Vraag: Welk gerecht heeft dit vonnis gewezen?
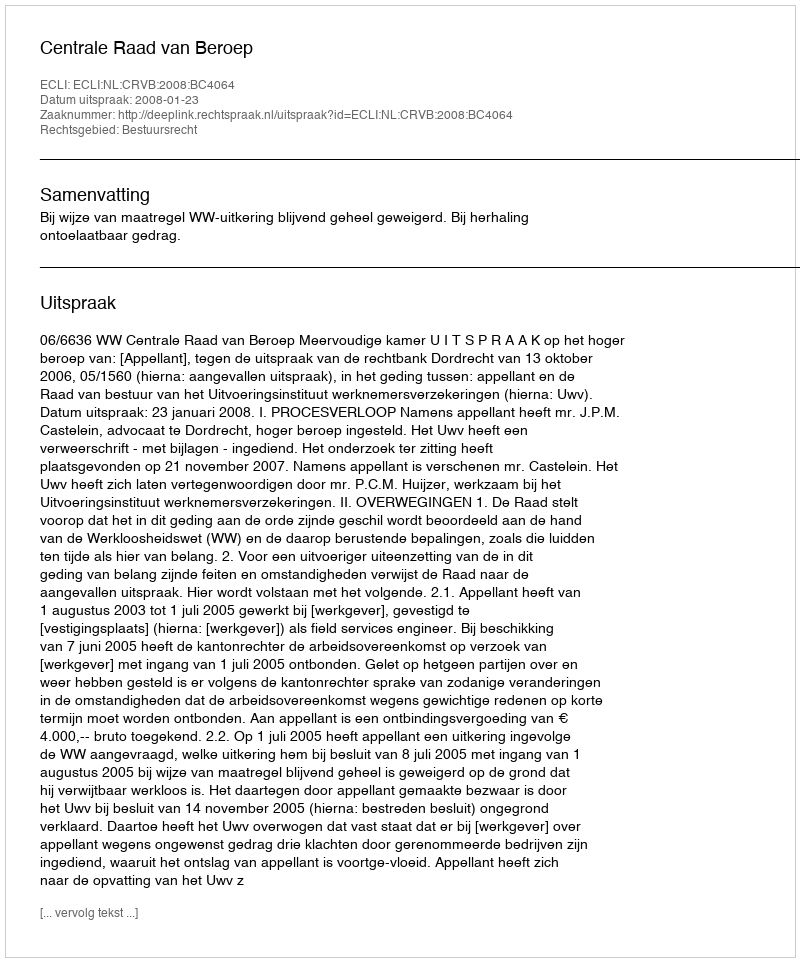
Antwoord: Centrale Raad van Beroep